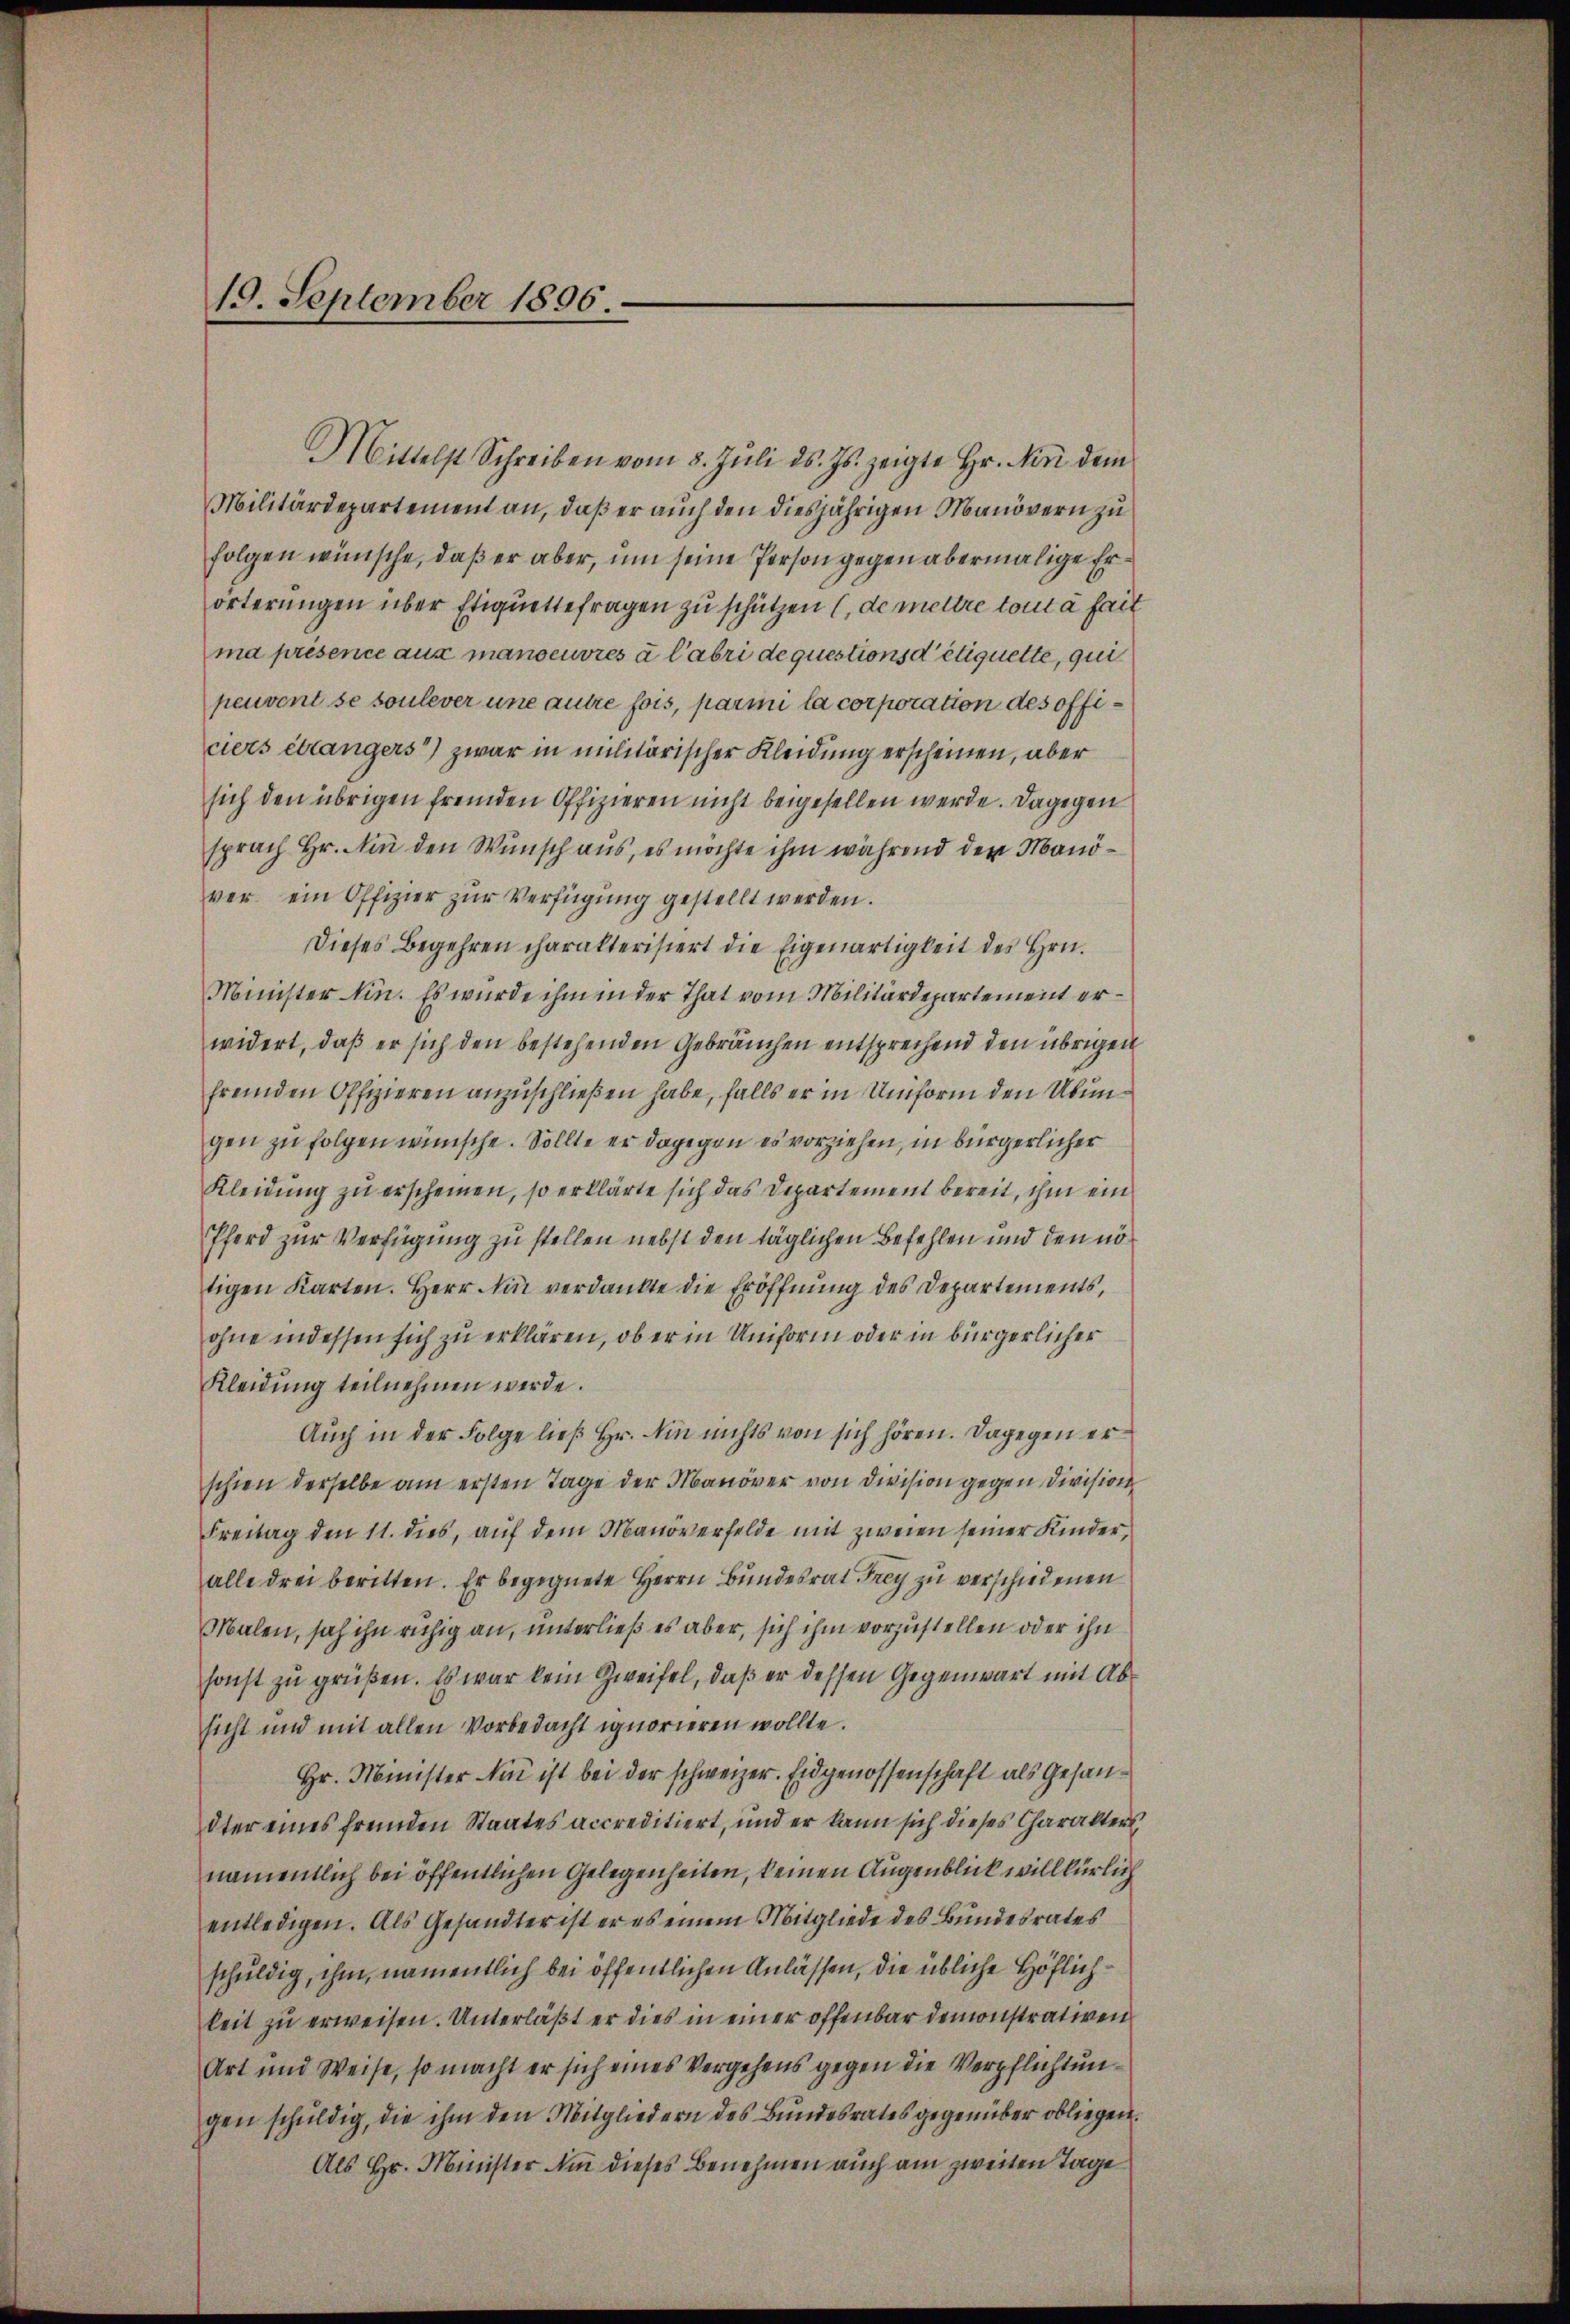
19. September 1806.

Mittelst Schreiben vom 8. Jŭli d. Js. zeigte Hr. Nini dem
Militärdepartement an, daß er auch den diesjährigen Manövern zu
folgen wünsche, daß er aber, um seine Person gegen abermalige Erörterungen über Etiquettefragen zu schützen (de mettre tout à fait
ma présence aux manoeuvres à l’abri de questions detiquette, qui
peuvent se soulever une autre fois, parmi la corporation des officiers étrangers“) zwar in militärischer Kleidung erscheinen, aber
sich den übrigen fremden Offizieren nicht beigesellen werde. Dagegen
sprach Hr. Ain den Wunsch aus, es möchte ihm während der Manöver ein Offizier zŭr Verfügung gestellt werden.
Dieses Begehren charakterisiert die Eigenartigkeit des Hrn.
Minister Min. Es wurde ihm in der That vom Militärdepartement erwidert, daß er sich den bestehenden Gebräuchen entsprechend den übrigen
fremden Offizieren anzuschließen habe, falls er in Uniform den Übungen zu folgen wünsche. Sollte er dagegen es vorziehen, in bürgerlicher
Kleidŭng zŭ erscheinen, so erklärte sich das Departement bereit, ihm ein
Pferd zur Verfügung zu stellen nebst den täglichen Befehlen und den nötigen Karten. Herr Ain verdankte die Eröffnŭng des Departements,
ohne indessen sich zu erklären, ob er in Uniform oder in bürgerlicher
Kleidung teilnehmen werde.
Auch in der Folge ließ Hr. Ain nichts von sich hören. Dagegen erschien derselbe am ersten Tage der Manöver von Division gegen Division
Freitag den 11. dies, aŭf dem Manöverfelde mit zweien seiner Kinder,
alle drei beritten. Er begegnete Herrn Bundesrat Frey zu verschiedenen
Malen, sah ihn ruhig an, unterließ es aber, sich ihm vorzustellen oder ihn
sonst zu grüßen. Es war kein Zweifel, daß er dessen Gegenwart mit Absicht und mit allen Vorbedacht ignorieren wollte.
Hr. Minister in ist bei der schweizer. Eidgenossenschaft als Gesandter eines fremden Staates accreditiert, und er kann sich dieses Charakters
namentlich bei öffentlichen Gelegenheiten, keinen Augenblick willkürlich
entledigen. Als Gesandter ist er es einem Mitgliede des Bundesrates
schuldig, ihm, namentlich bei öffentlichen Anlassen, die übliche Höflichkeit zu erweisen. Unterläßt er dies in einer offenbar demonstrativen
Art und Weise, so macht er sich eines Vergehens gegen die Verpflichtungen schŭldig, die ihm den Mitgliedern des Bŭndesrates gegenüber obliegen.
Als Hr. Minister um dieses Benehmen auch am zweiten Tage